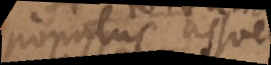
populus assuevit,